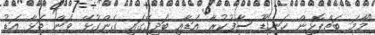
"މާމަ ބަތްޕޮޅިން ހަނޑޫ ސާފުކުރާ އަޑާއި ބަދިގޭގައި ގެންގުޅޭ ވަން ތަޅާ އަޑު